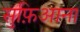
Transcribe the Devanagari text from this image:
सुफ़िआना